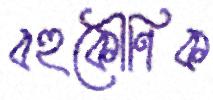
বহুকৌণিক